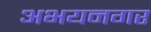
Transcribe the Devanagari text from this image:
अभयनगर